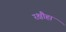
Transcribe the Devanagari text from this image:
रक्षौहा